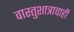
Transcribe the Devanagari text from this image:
वास्तुशात्राचाही